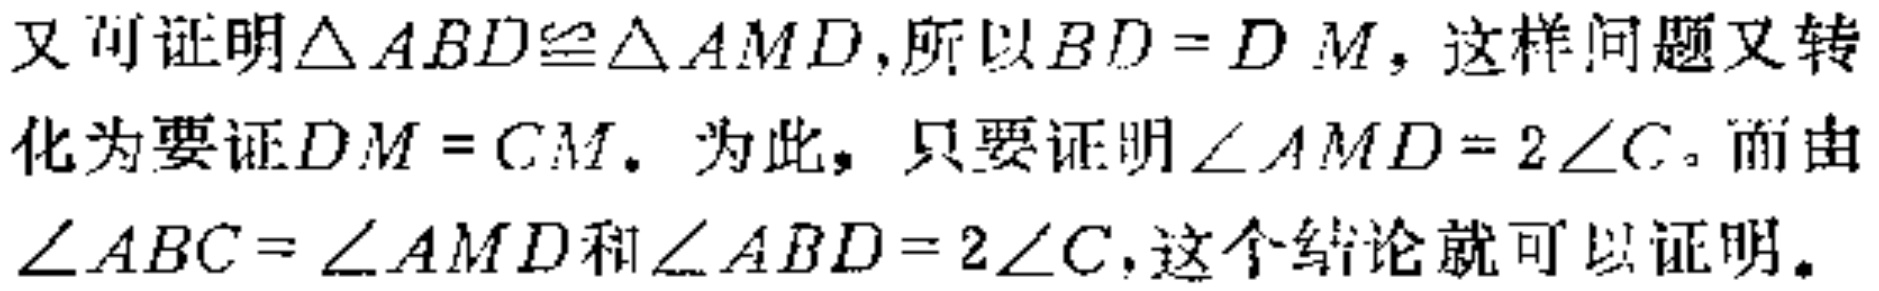
又可证明$\triangle ABD\cong\triangle AMD$,所以$BD = D M$,这样问题又转化为要证$DM = CM$. 为此，只要证明$\angle AMD = 2\angle C$。而由$\angle ABC=\angle AMD$和$\angle ABD = 2\angle C$,这个结论就可以证明。